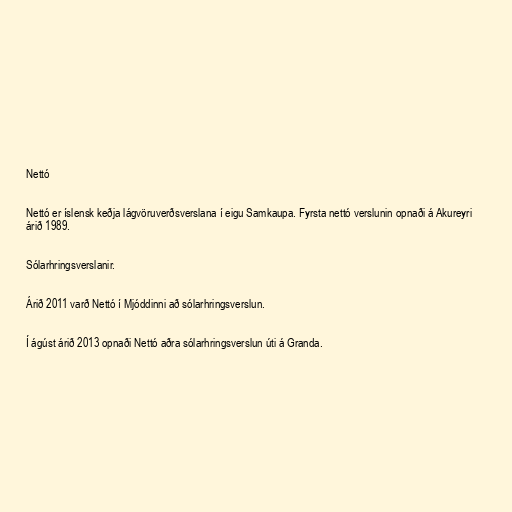
Nettó

Nettó er íslensk keðja lágvöruverðsverslana í eigu Samkaupa. Fyrsta nettó verslunin opnaði á Akureyri
árið 1989.

Sólarhringsverslanir.

Árið 2011 varð Nettó í Mjóddinni að sólarhringsverslun.

Í ágúst árið 2013 opnaði Nettó aðra sólarhringsverslun úti á Granda.